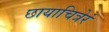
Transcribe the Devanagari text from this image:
छायाचित्रेरं